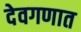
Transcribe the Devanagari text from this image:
देवगणात